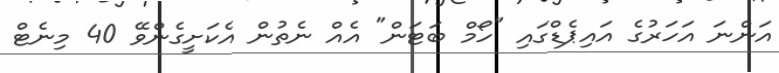
އަންނަ އަހަރުގެ އައިޕެޑްގައި "ހޯމް ބަޓަން" އެއް ނެތުން އެކަށީގެންވޭ 40 މިނެޓް